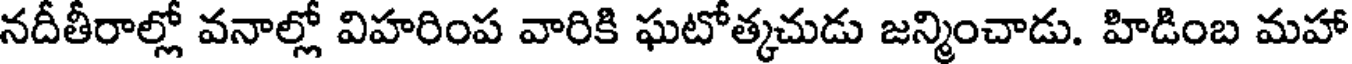
నదీతీరాల్లో వనాల్లో విహరింప వారికి ఘటోత్కచుడు జన్మించాడు. హిడింబ మహా